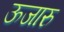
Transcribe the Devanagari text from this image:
ऊजारु